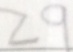
2 9